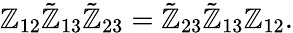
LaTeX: \mathbb{Z}_{12}\tilde{{\mathbb{Z}}}_{13}\tilde{{\mathbb{Z}}}_{23}=\tilde{{\mathbb{Z}}}_{23}\tilde{{\mathbb{Z}}}_{13}\mathbb{Z}_{12}.